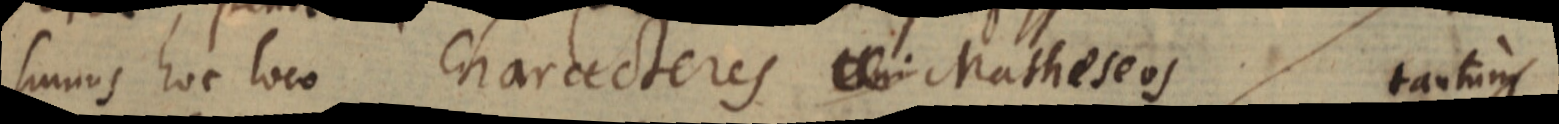
sumus hoc loco Characteres _ Matheseos tantum